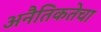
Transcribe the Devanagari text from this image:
अनैतिकतेचा